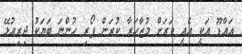
އައްޑޫ އަކީ އެއީ ވަރަށް މުޒާހަރާ ކުރަން ފޯރި ހުންނަ ބަޔަކު ދިރިއުޅޭ